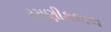
રમણીકલાલ